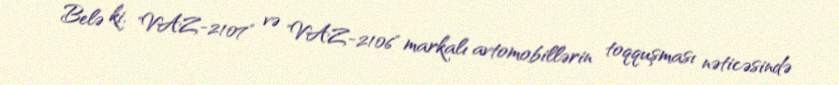
Belə ki, "VAZ-2107" və "VAZ-2106" markalı avtomobillərin toqquşması nəticəsində